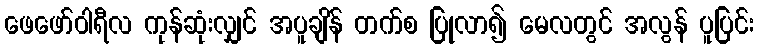
ဖေဖော်ဝါရီလ ကုန်ဆုံးလျှင် အပူချိန် တက်စ ပြုလာ၍ မေလတွင် အလွန် ပူပြင်း